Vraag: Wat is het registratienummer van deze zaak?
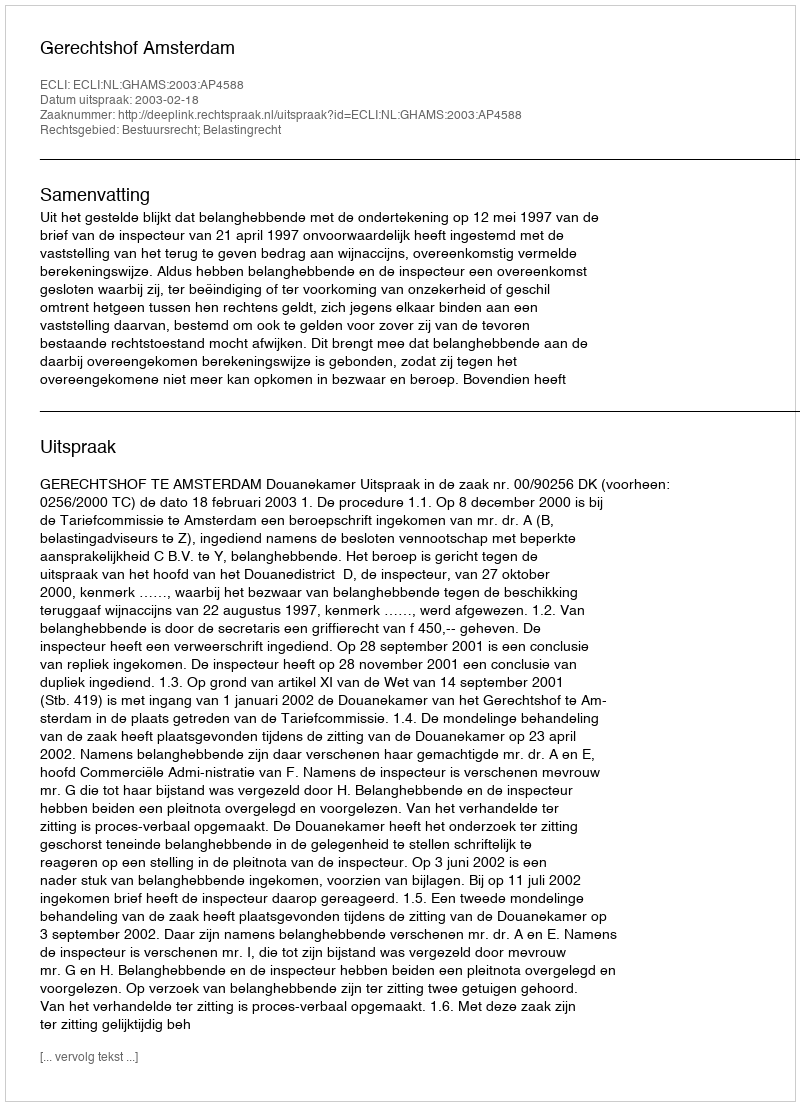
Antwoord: http://deeplink.rechtspraak.nl/uitspraak?id=ECLI:NL:GHAMS:2003:AP4588